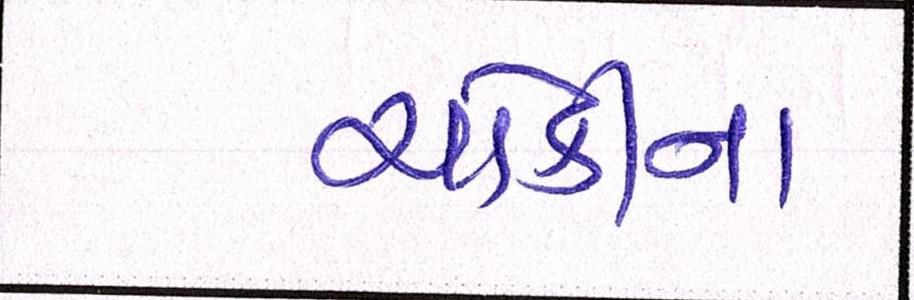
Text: ચોકીના